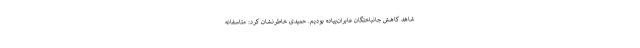
شاهد کاهش جانباختگان عابران‌پیاده بودیم. حمیدی خاطرنشان کرد: متاسفانه